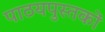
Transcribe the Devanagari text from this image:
पाठयपुस्तकों